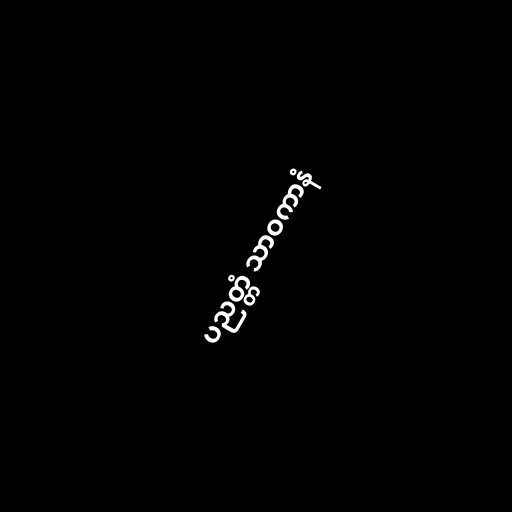
ပညတ္တံ သာဝကာနံ